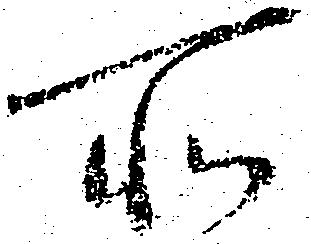
所